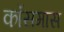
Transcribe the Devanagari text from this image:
कॉसमास